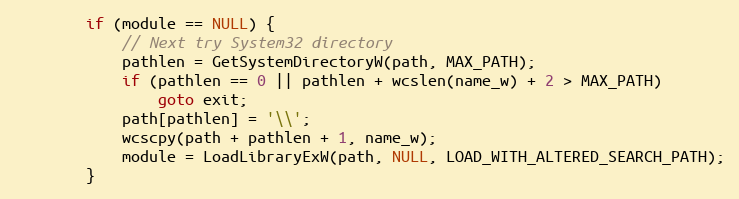
Language: C
        if (module == NULL) {
            // Next try System32 directory
            pathlen = GetSystemDirectoryW(path, MAX_PATH);
            if (pathlen == 0 || pathlen + wcslen(name_w) + 2 > MAX_PATH)
                goto exit;
            path[pathlen] = '\\';
            wcscpy(path + pathlen + 1, name_w);
            module = LoadLibraryExW(path, NULL, LOAD_WITH_ALTERED_SEARCH_PATH);
        }